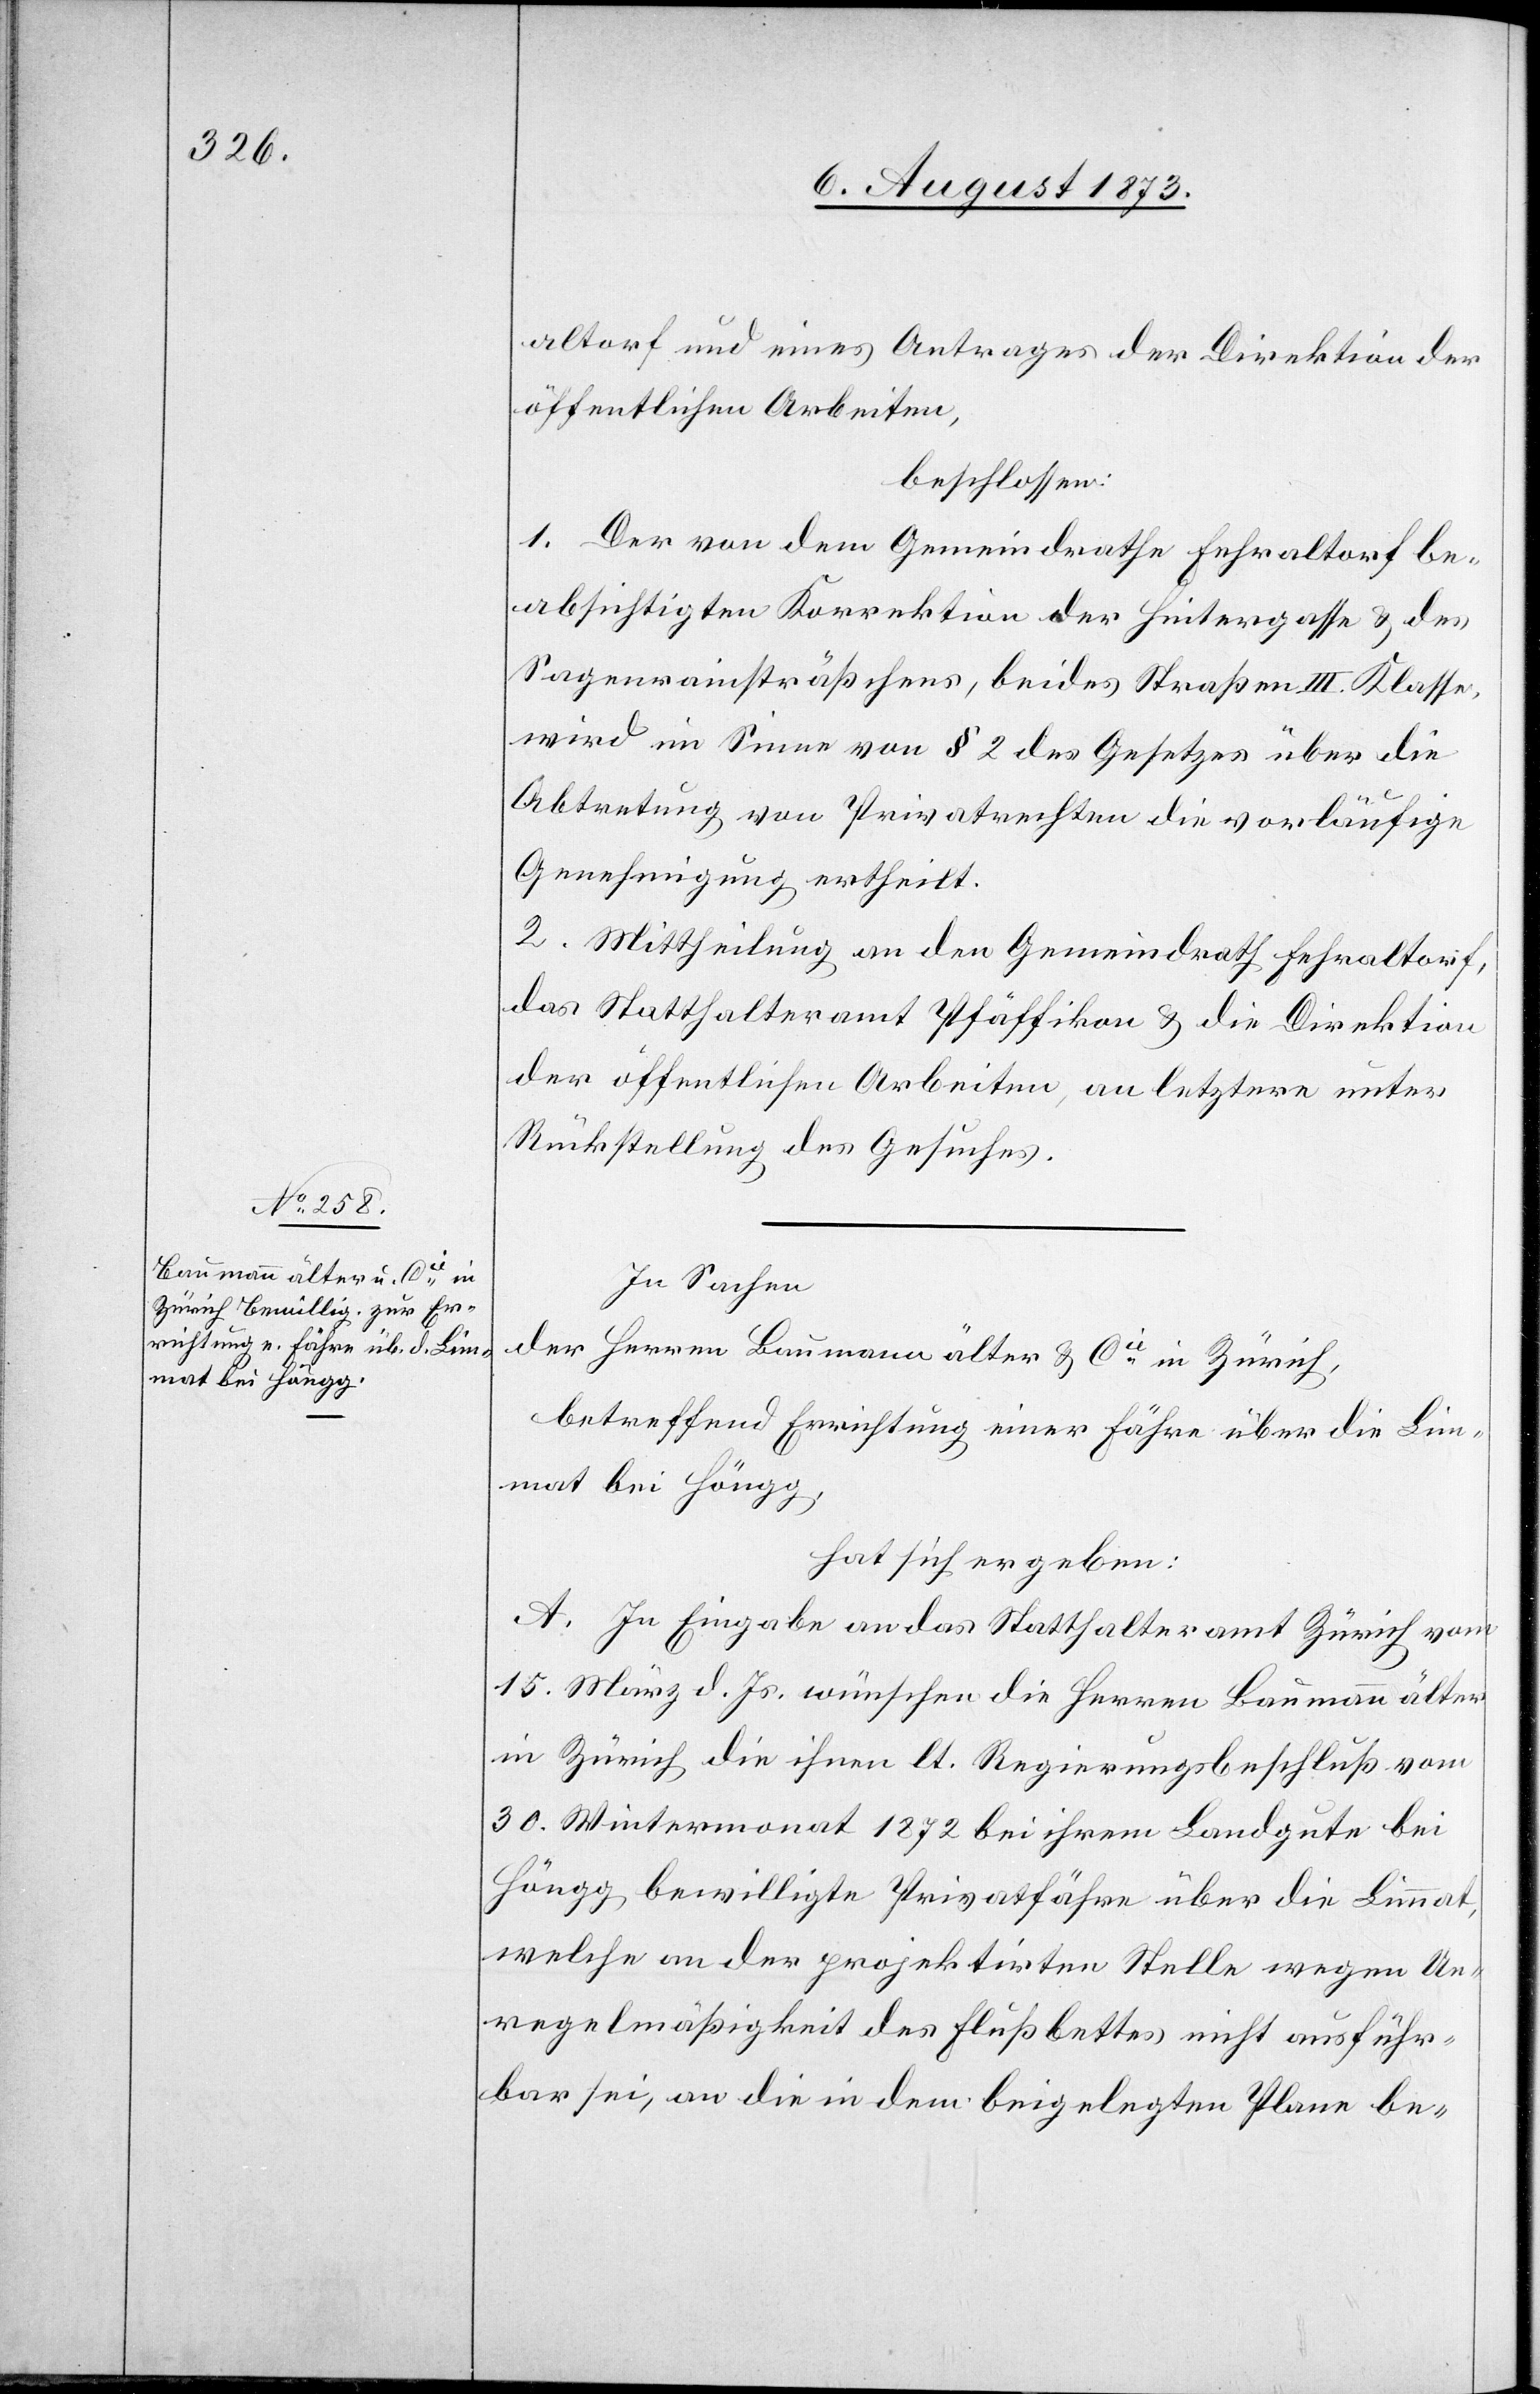
altorf und eines Antrages der Direktion der
öffentlichen Arbeiten,
beschlossen:
1. Der von dem Gemeindrathe Fehraltorf be¬
absichtigten Korrektion der Hintergasse & des
Sagenrainsträßchens, beides Straßen III. Klasse,
wird im Sinne von § 2 des Gesetzes über die
Abtretung von Privatrechten die vorläufige
Genehmigung ertheilt.
2. Mittheilung an den Gemeindrath Fehraltorf,
das Statthalteramt Pfäffikon & die Direktion
der öffentlichen Arbeiten, an letztere unter
Rückstellung des Gesuches.
In Sachen
der Herren Baumann älter & Cie in Zürich,
betreffend Errichtung einer Fähre über die Lim¬
mat bei Höngg,
hat sich ergeben:
A. In Eingabe an das Statthalteramt Zürich vom
15. März d. Js. wünschen die Herren Baumann älter
in Zürich die ihnen lt. Regierungsbeschluß vom
30. Wintermonat 1872 bei ihrem Landgute bei
Höngg bewilligte Privatfähre über die Limmat,
welche an der projektirten Stelle wegen Un¬
regelmäßigkeit des Flußbettes nicht ausführ¬
bar sei, an die in dem beigelegten Plane be-